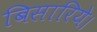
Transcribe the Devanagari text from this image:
बिसारिये।